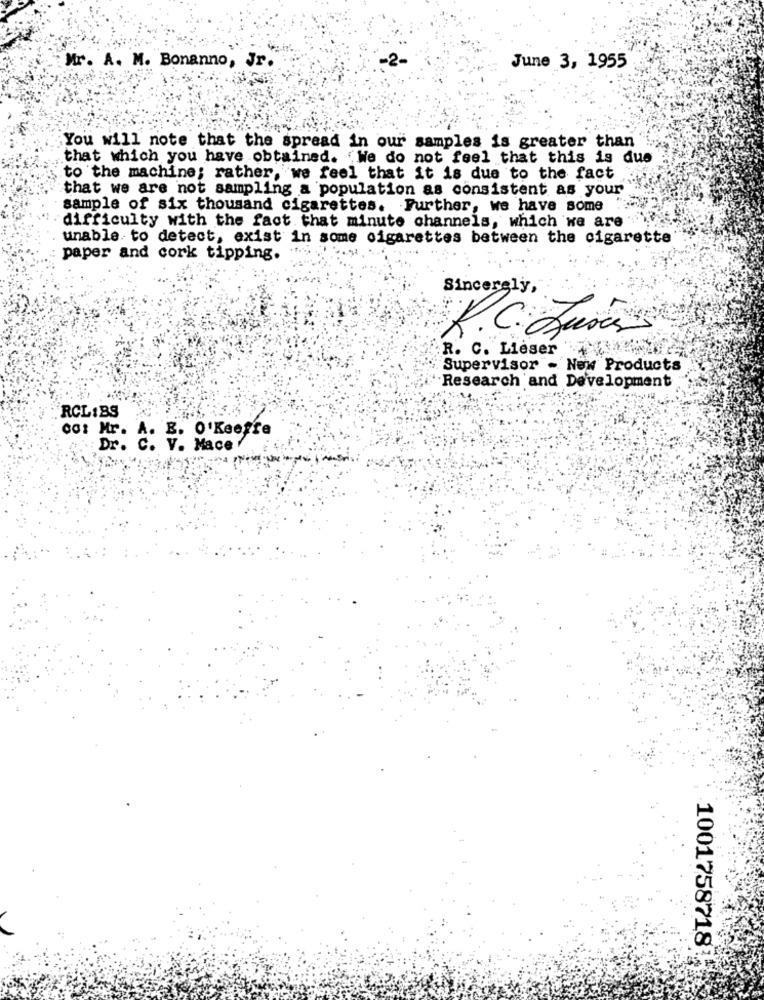
Mr. A. M. Bonanno, Jr.
June 3, 1955
You will note that the spread in our samples is greater than
that which you have obtained. "We do not feel that this is due
to the machine; rather, we feel that it is due to the fact
that we are not sampling a population as consistent as your
sample of six thousand cigarettes. Further, we have some
difficulty with the fact that minute channels, which we are
unable to detect, exist in some cigarettes between the cigarette
paper and cork tipping.
Sincerely,
R.C. Juris
R. C. Lieser'
Supervisor - New Products
.Research and Development
RCLIBS
co: Mr. A. B. O'Keeffe
Dr. C. V. Mace
1001758718